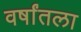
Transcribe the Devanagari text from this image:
वर्षांतला